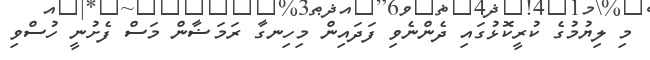
މި ލިޔުމުގެ ކުރީކޮޅުގައި ދެންނެވި ފަދައިން މިހިނގާ ރަމަޟާން މަސް ފެށުނީ ހުސްވި